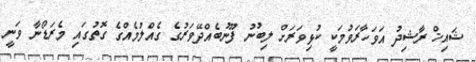
ޝައިޚް ރާޝިދު އަވަހާރަވުމަކީ ކުޅިވަރަށް ލިބުނު ފޫނުބެއްދޭވަރުގެ ގެއްލުމެއްގެ ގޮތުގައި މެރަޑޯނާ ވަނީ